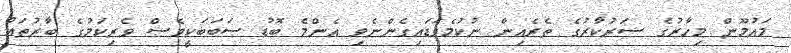
މައުމޫން މިހާރުގެ ސަރުކާރުގެ ތެރެއިން ނުކުމެވަޑައިގެންނެވި އެންމެ ބޮޑު ސަބަބަކީވެސް ވެރިކަމުގެ ބާރުތައް